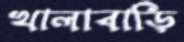
খালাবাড়ি